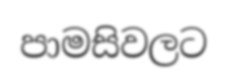
පාමසිවලට